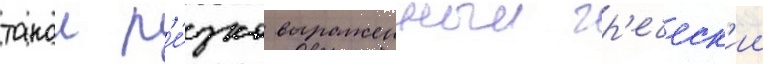
такои р'е́зко выраженныи гр'еческ'ии